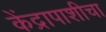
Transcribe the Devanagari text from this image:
केंद्रापाशीचा